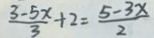
\frac { 3 - 5 x } { 3 } + 2 = \frac { 5 - 3 x } { 2 }